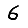
Digit: 6